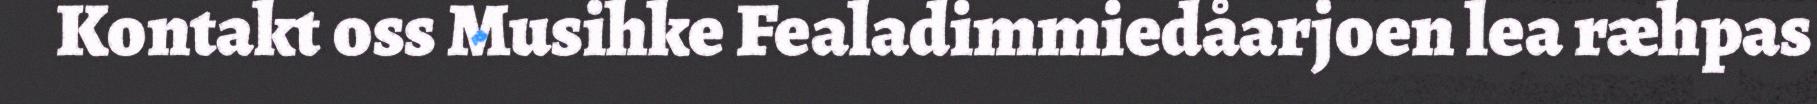
Kontakt oss Musihke Fealadimmiedåarjoen lea ræhpas